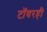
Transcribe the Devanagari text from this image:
टॉवरही